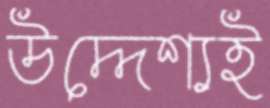
উদ্দেশ্যই